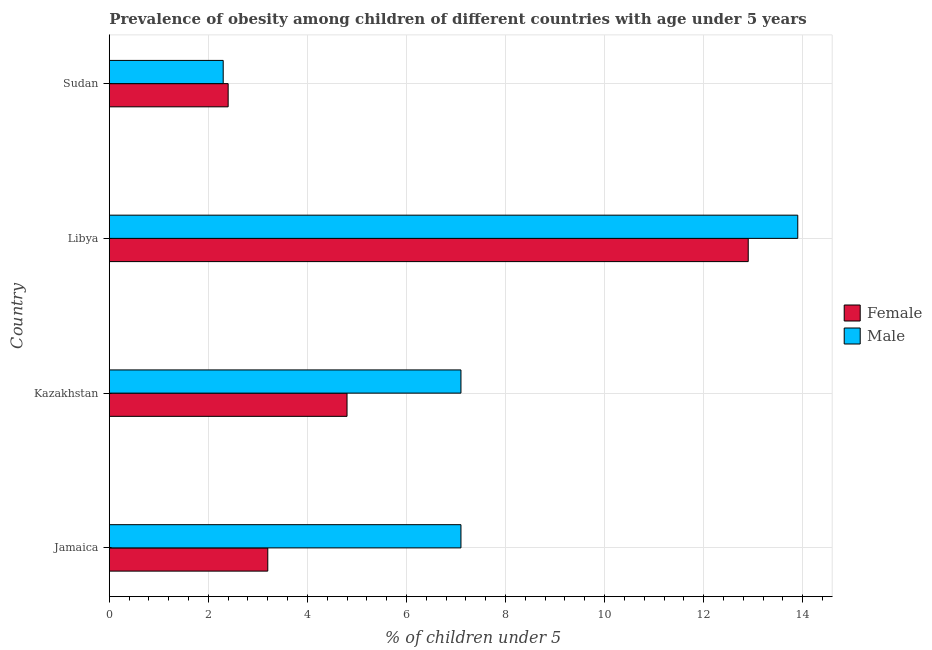
| Country | Female | Male |
 | --- | --- | --- |
 | Jamaica | 3.2 | 7.1 |
 | Kazakhstan | 4.8 | 7.1 |
 | Libya | 12.9 | 13.9 |
 | Sudan | 2.4 | 2.3 |